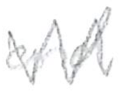
Text: and
Cross-out: zig-zag
Writing tool: pencil